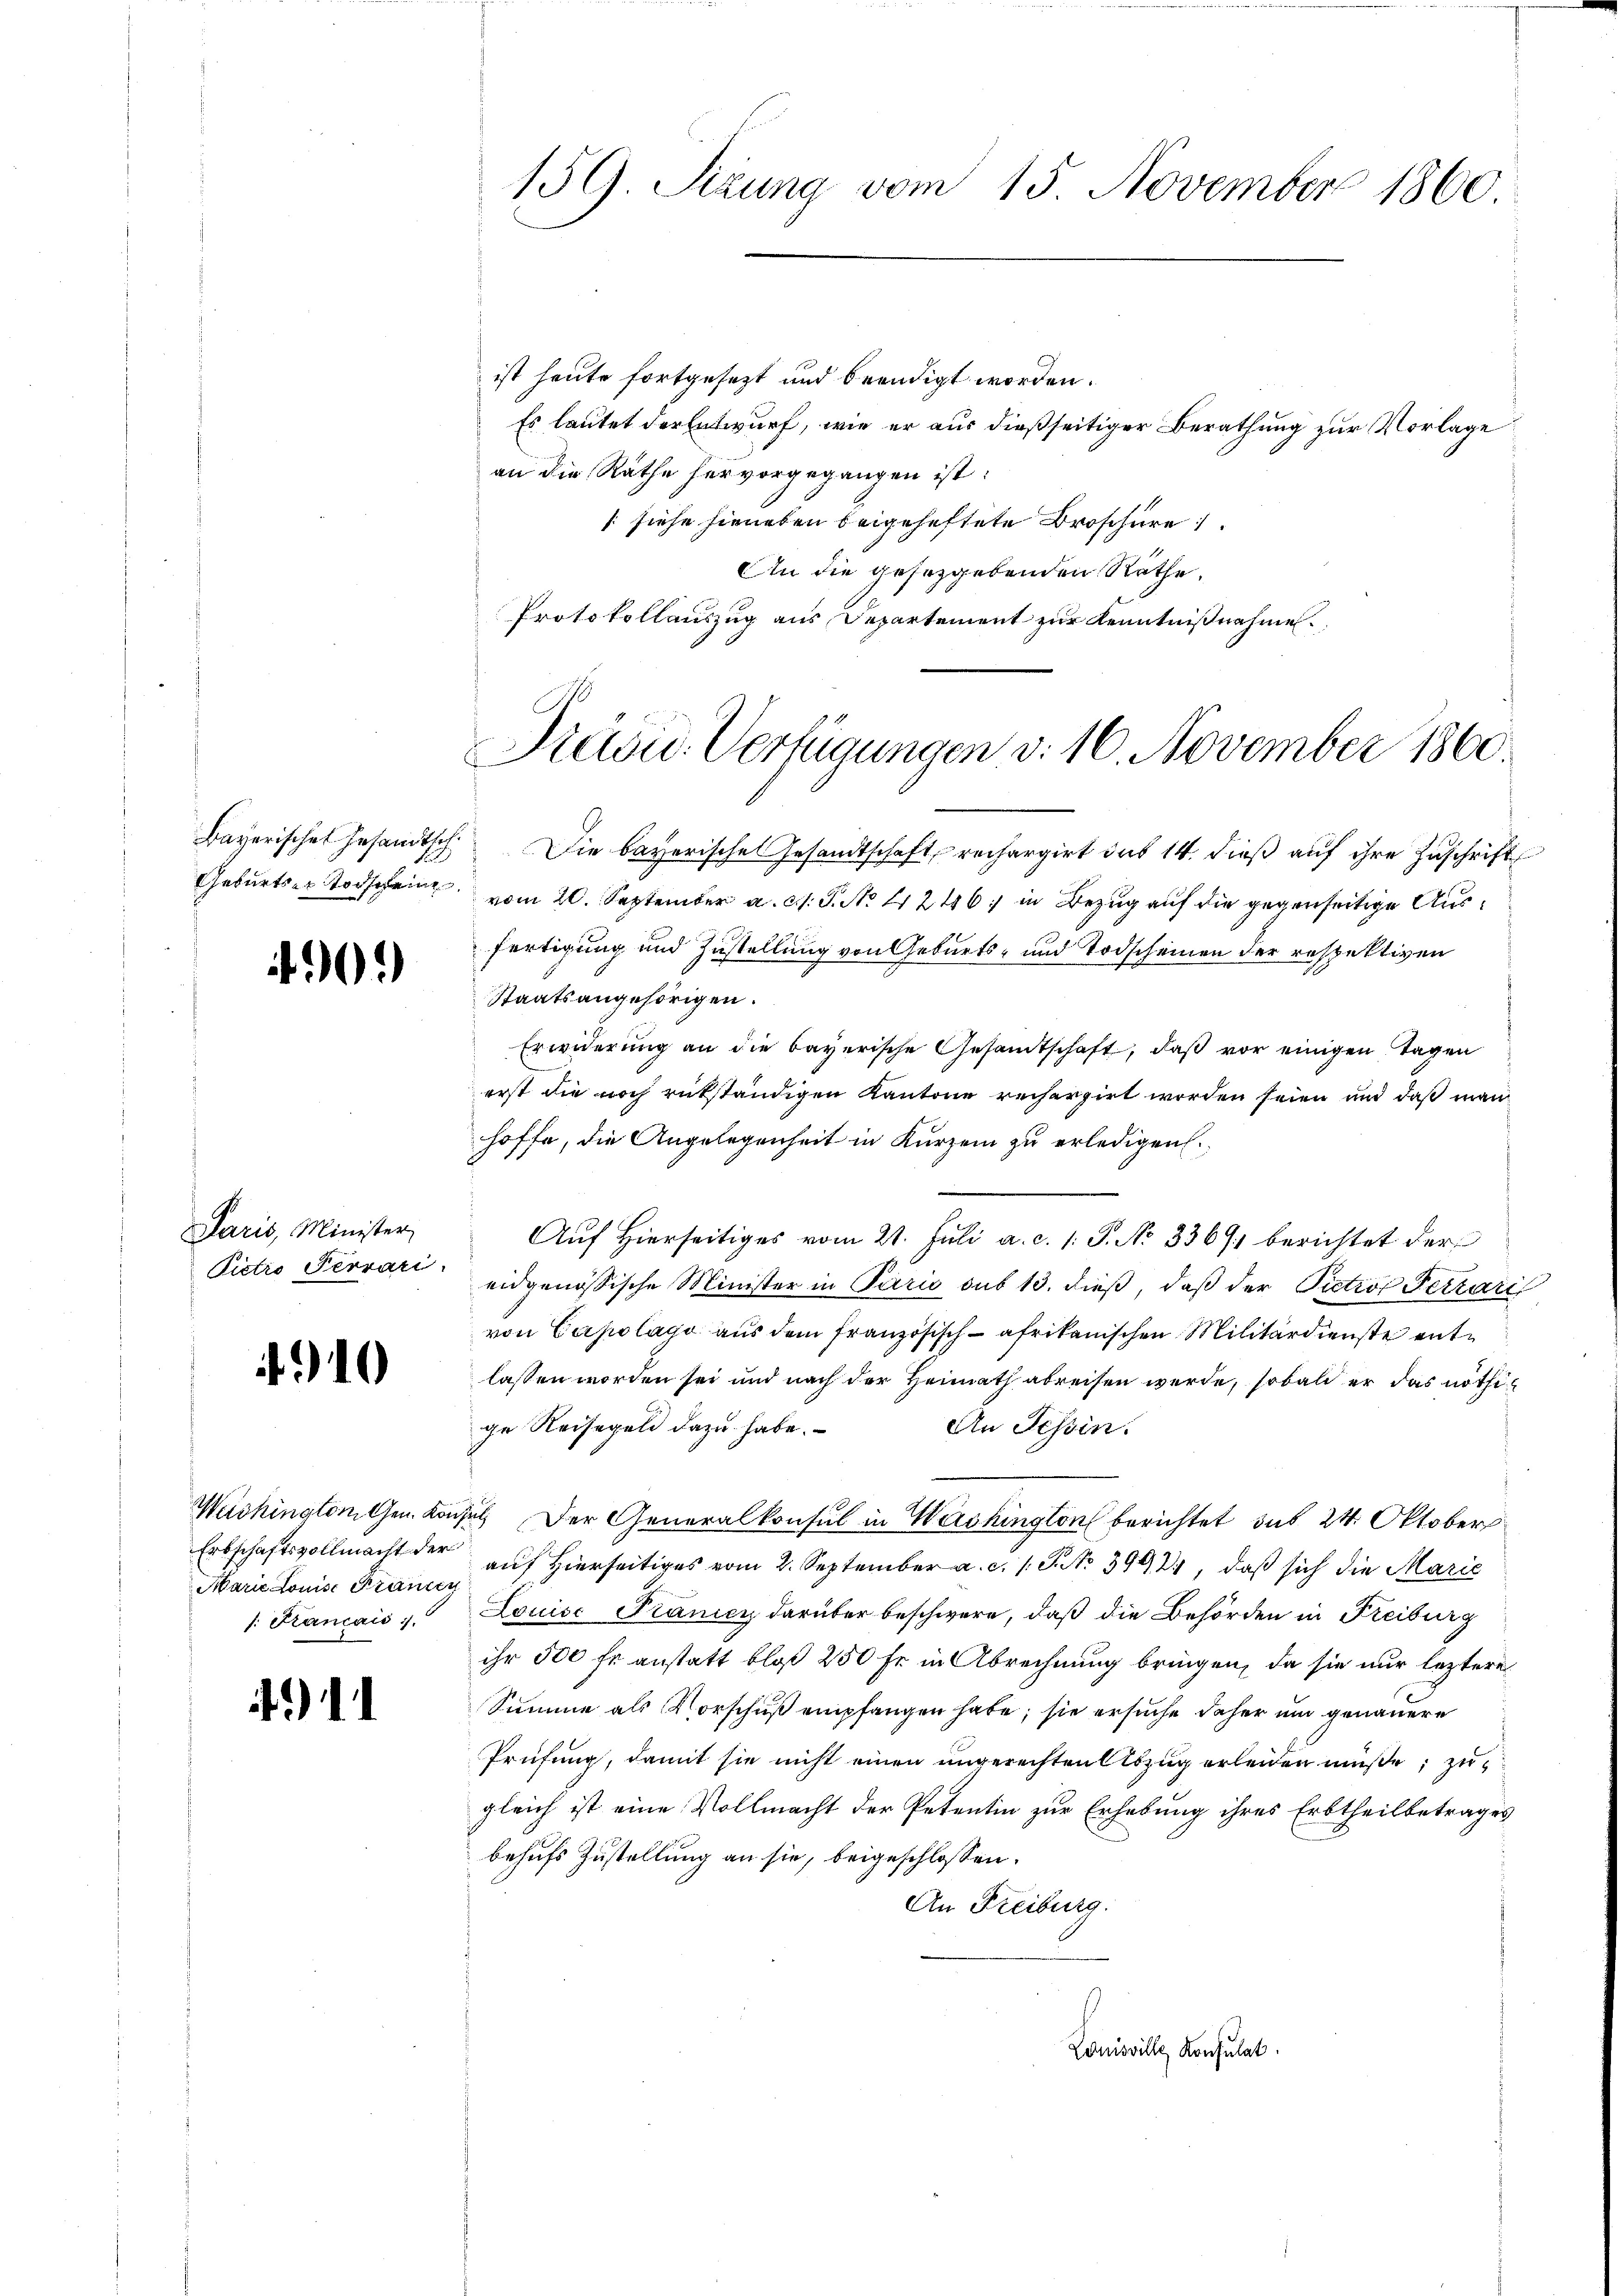
Bayerisches Gesandtsch
Geburts er Todscheine

Paris, Minister,
Pietro Terrari

10

Weishington Gen. Konse
Erbschaftsvollmacht der
Marie Louise Francy
1. Kancais.

4)

ist heute fortgesezt und beendigt worden.
Es lautet der Entwurf, wie er aus dießseitiger Berathung zur Vorlage
an die Räthe hervorgegangen ist:
[siehe hieneben beigeheftete Broschüre
An die gesetzgebenden Räthe.
Protokollauszug aus Departement zur Kenntnißnahme.

159. Sizung vom 15. November 1860.

Präsid. Verfügungen d. 16. November 1860.

Die bayerische Gesandtschaft, rechargirt das 14. dieß auf ihre Zuschrift
vom 20. September a. c. J. No 11246) in Bezug auf die gegenseitige Ausfertigung und Zustellung von Geburts- und Todscheinen der respektiven
Staatsangehörigen.
Erwiderung an die bayerische Gesandtschaft, daß vor einigen Tagen
erst die noch rükständigen Kantone recherzirt worden seien und daß man
hoffe, die Angelegenheit in Kurzem zu erledigen.
Aŭf Hierseitiges vom 21. Juli a. c. 1: P. No 3369) berichtet der
eidgenössische Minister in Paris sub 13. dieß, daß der Pietior Ferraris
von Capolage aus dem französisch-afrikanischen Militärdienste entlassen worden sei und nach der Heimath abreisen werde, sobald er das nöthige Reisegel dazu habe.
An Tessin.
i. Der Generalkonsul in Washington berichtet sub 24. Oktober
auf Hierseitiges vom 2. September a. c. 1 S. No 3992, daß sich die Marie
Louise Planicz darüber beschwere, daß die Behörden in Freiburg
ihr 500 fr anstatt bloß 250 fr in Abrechnung bringen, da sie nur leztere
Summe als Vorschuß empfangen habe; sie ersuche daher und genauere
Prüfung, damit sie nicht einen ungerechten Abzug erleiden müße; zu
gleich ist eine Vollmacht der Petentin zur Erhebung ihres Erbtheilbetrages
behufs Zustellung an sie, beigeschlossen.
An Freiburg.
Louisville Konsulat